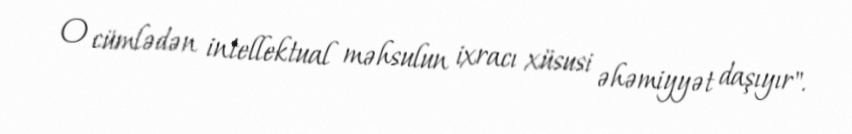
O cümlədən intellektual məhsulun ixracı xüsusi əhəmiyyət daşıyır".